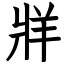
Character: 牂